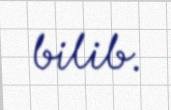
bilib.